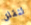
لنقلق